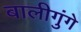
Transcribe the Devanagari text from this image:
बालीगुंगे